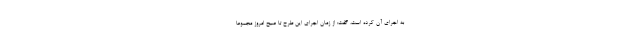
به اجرای آن کرده است، گفت: از زمان اجرای این طرح تا صبح امروز مجموعا